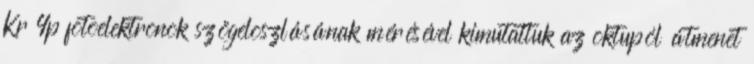
Kr 4p fotoelektronok szögeloszlásának mérésével kimutattuk az oktupól átmenet